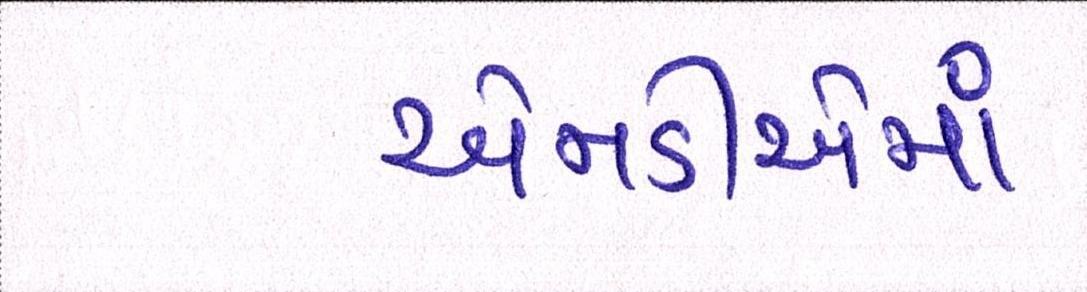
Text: એનડીએમાં